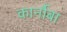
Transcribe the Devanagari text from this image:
कार्नौबा